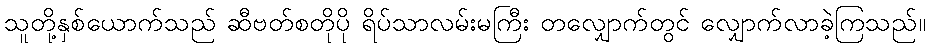
သူတို့နှစ်ယောက်သည် ဆီဗတ်စတိုပို ရိပ်သာလမ်းမကြီး တလျှောက်တွင် လျှောက်လာခဲ့ကြသည်။